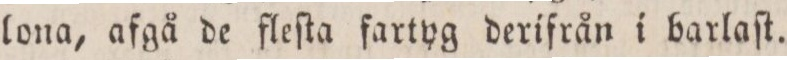
lona, afgå de fleſta fartyg derifrån i barlaſt.